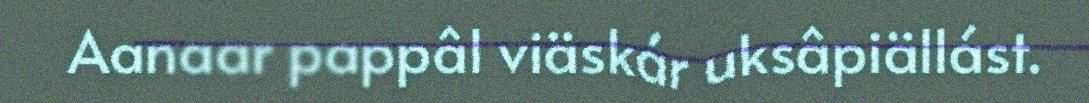
Aanaar pappâl viäskár uksâpiällást.